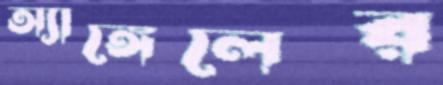
অ্যাঙ্গেলের